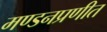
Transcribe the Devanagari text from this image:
मण्डनप्रणीत